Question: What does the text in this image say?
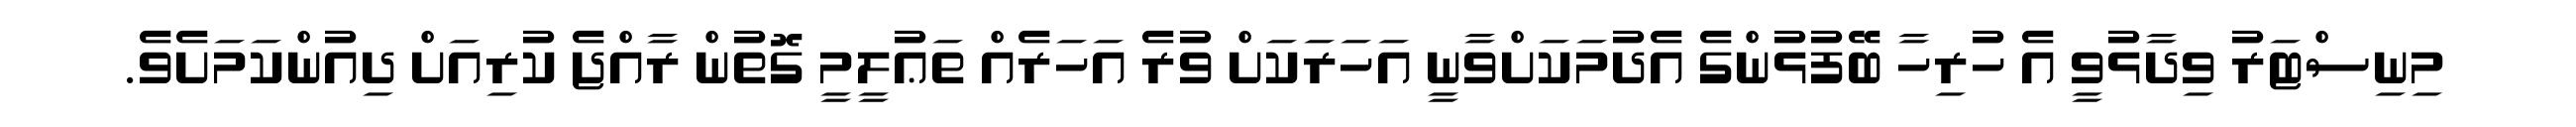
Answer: މިނިސްޓަރު ވިދާޅުވީ އެ ހުރިހާ ބޭފުޅުންގެ އެދުމަކަށްވާނީ އަހަރަކަށް ވުރެ އަހަރެއް ތަޢުލީމީ ގޮތުން ރާއްޖެ ކުރިއަށް ދިއުންކަމަށެވެ.